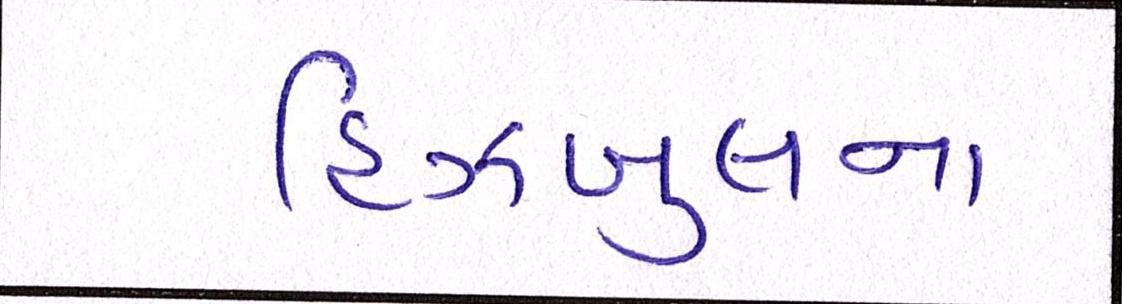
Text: હિઝબુલના